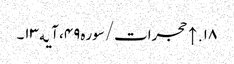
۱۸. ↑ حجرات/سوره۴۹، آیه۱۳۔